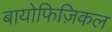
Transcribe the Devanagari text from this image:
बायोफिज़िकल